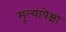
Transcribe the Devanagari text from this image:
मूल्यापेक्षा